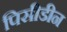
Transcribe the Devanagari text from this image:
पिसीडीन